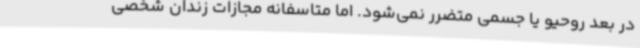
در بعد روحیو یا جسمی متضرر نمی‌شود. اما متاسفانه مجازات زندان شخصی